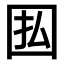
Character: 𫭅